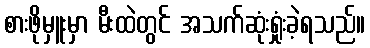
စားဖိုမှူးမှာ မီးထဲတွင် အသက်ဆုံးရှုံးခဲ့ရသည်။